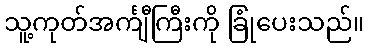
သူ့ကုတ်အင်္ကျီကြီးကို ခြုံပေးသည်။